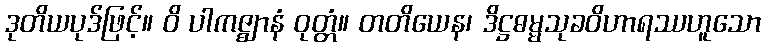
ဒုတိယပုဒ်ဖြင့်။ ဝိ ပါကဇ္ဈာနံ ဝုတ္တံ။ တတိယေန၊ ဒိဋ္ဌဓမ္မသုခဝိဟာရဿဟူသော